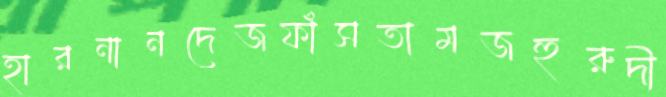
হারনানদেজফাঁসতামজহুরুদী